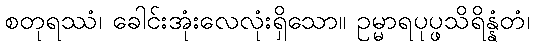
စတုရဿံ၊ ခေါင်းအုံးလေလုံးရှိသော။ ဥမ္မာရပုပ္ဖသိရိန္နံတံ၊